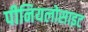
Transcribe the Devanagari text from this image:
पीनियलोसाइट